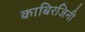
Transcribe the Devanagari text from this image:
काबिरजिनी